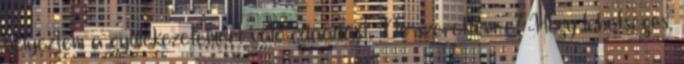
helyeztem a gyülekezetemért való odaadást. De szerettem-e? Hogy lehetséges,